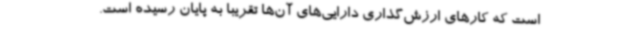
است که کارهای ارزش‌گذاری دارایی‌های آن‌ها تقریبا به پایان رسیده است.